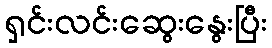
ရှင်းလင်းဆွေးနွေးပြီး